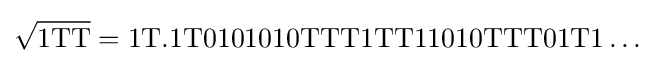
{\sqrt {\mathrm {1TT} }}=\mathrm {1T.1T0101010TTT1TT11010TTT01T1\ldots }